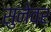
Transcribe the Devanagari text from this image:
सुनेवर